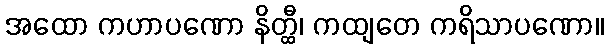
အထော ကဟာပဏော နိတ္ထီ၊ ကထျတေ ကရိသာပဏော။